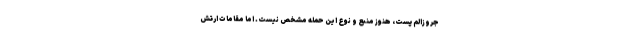
جروزالم پست، هنوز منبع و نوع این حمله مشخص نیست. اما مقامات ارتش